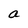
Character: a